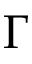
\Gamma